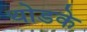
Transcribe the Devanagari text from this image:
थोडके